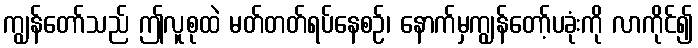
ကျွန်တော်သည် ဤလူစုထဲ မတ်တတ်ရပ်နေစဉ်၊ နောက်မှကျွန်တော့်ပခုံးကို လာကိုင်၍